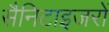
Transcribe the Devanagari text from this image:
सैनिटाइजरों